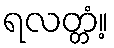
ရလတ္တံ့။